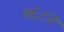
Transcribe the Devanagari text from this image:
०६८२